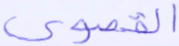
القصوى